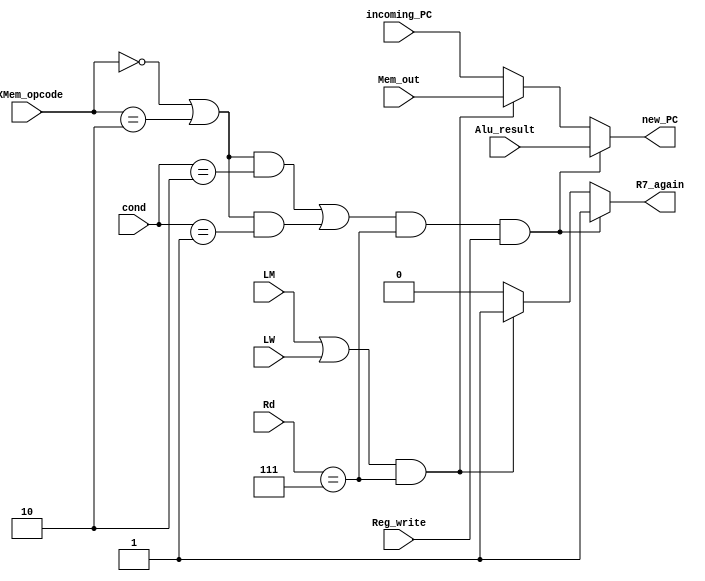
module R7_control_Mem(EXMem_opcode,incoming_PC,cond,Rd,Alu_result,Mem_out,LW,LM,
							 Reg_write,new_PC,R7_again);
		input [3:0] EXMem_opcode;
		input [2:0] Rd;
		input [1:0] cond;
		input [15:0] Alu_result,Mem_out,incoming_PC;
		input LW,LM,Reg_write;
		output reg [15:0] new_PC;
      output reg R7_again;
		always @(*)
			begin
			   R7_again = 1'b0;
				new_PC = incoming_PC;
			
						// adc              			 ndc                                   	
				if((((EXMem_opcode==3'b0000 || EXMem_opcode==3'b0010) && cond==2'b10) || 
						((EXMem_opcode==3'b0000 || EXMem_opcode==3'b0010) && cond==2'b01)) && Rd==3'b111 && Reg_write)	
						     //adz                       ndz
					begin 
						R7_again=1'b1;
		    			new_PC = Alu_result;				
					end				
				else if ((LM || LW) && Rd==3'b111)
						 begin
							new_PC = Mem_out;
						   R7_again=1'b1;
						 end
				
			end

endmodule